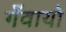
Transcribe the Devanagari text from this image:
गँवायो